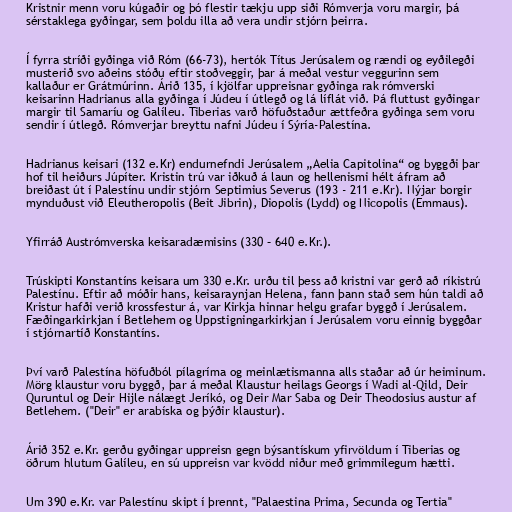
Kristnir menn voru kúgaðir og þó flestir tækju upp siði Rómverja voru margir, þá
sérstaklega gyðingar, sem þoldu illa að vera undir stjórn þeirra.

Í fyrra stríði gyðinga við Róm (66-73), hertók Títus Jerúsalem og rændi og eyðilegði
musterið svo aðeins stóðu eftir stoðveggir, þar á meðal vestur veggurinn sem
kallaður er Grátmúrinn. Árið 135, í kjölfar uppreisnar gyðinga rak rómverski
keisarinn Hadrianus alla gyðinga í Júdeu í útlegð og lá líflát við. Þá fluttust gyðingar
margir til Samaríu og Galíleu. Tiberias varð höfuðstaður ættfeðra gyðinga sem voru
sendir í útlegð. Rómverjar breyttu nafni Júdeu í Sýría-Palestína.

Hadrianus keisari (132 e.Kr) endurnefndi Jerúsalem „Aelia Capitolina“ og byggði þar
hof til heiðurs Júpíter. Kristin trú var iðkuð á laun og hellenismi hélt áfram að
breiðast út í Palestínu undir stjórn Septimius Severus (193 - 211 e.Kr). Nýjar borgir
mynduðust við Eleutheropolis (Beit Jibrin), Diopolis (Lydd) og Nicopolis (Emmaus).

Yfirráð Austrómverska keisaradæmisins (330 – 640 e.Kr.).

Trúskipti Konstantíns keisara um 330 e.Kr. urðu til þess að kristni var gerð að ríkistrú
Palestínu. Eftir að móðir hans, keisaraynjan Helena, fann þann stað sem hún taldi að
Kristur hafði verið krossfestur á, var Kirkja hinnar helgu grafar byggð í Jerúsalem.
Fæðingarkirkjan í Betlehem og Uppstigningarkirkjan í Jerúsalem voru einnig byggðar
í stjórnartíð Konstantíns.

Því varð Palestína höfuðból pílagríma og meinlætismanna alls staðar að úr heiminum.
Mörg klaustur voru byggð, þar á meðal Klaustur heilags Georgs í Wadi al-Qild, Deir
Quruntul og Deir Hijle nálægt Jeríkó, og Deir Mar Saba og Deir Theodosius austur af
Betlehem. ("Deir" er arabíska og þýðir klaustur).

Árið 352 e.Kr. gerðu gyðingar uppreisn gegn býsantískum yfirvöldum í Tiberias og
öðrum hlutum Galíleu, en sú uppreisn var kvödd niður með grimmilegum hætti.

Um 390 e.Kr. var Palestínu skipt í þrennt, "Palaestina Prima, Secunda og Tertia"